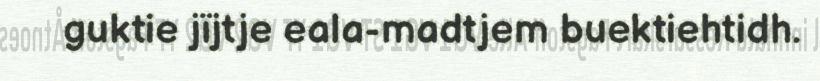
guktie jïjtje eala-madtjem buektiehtidh.